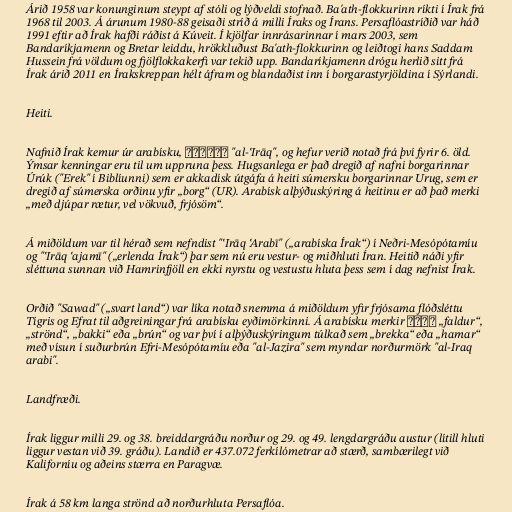
Árið 1958 var konunginum steypt af stóli og lýðveldi stofnað. Ba'ath-flokkurinn ríkti í Írak frá
1968 til 2003. Á árunum 1980-88 geisaði stríð á milli Íraks og Írans. Persaflóastríðið var háð
1991 eftir að Írak hafði ráðist á Kúveit. Í kjölfar innrásarinnar í mars 2003, sem
Bandaríkjamenn og Bretar leiddu, hrökkluðust Ba'ath-flokkurinn og leiðtogi hans Saddam
Hussein frá völdum og fjölflokkakerfi var tekið upp. Bandaríkjamenn drógu herlið sitt frá
Írak árið 2011 en Írakskreppan hélt áfram og blandaðist inn í borgarastyrjöldina í Sýrlandi.

Heiti.

Nafnið Írak kemur úr arabísku, العراق "al-ʿIrāq", og hefur verið notað frá því fyrir 6. öld.
Ýmsar kenningar eru til um uppruna þess. Hugsanlega er það dregið af nafni borgarinnar
Úrúk ("Erek" í Biblíunni) sem er akkadísk útgáfa á heiti súmersku borgarinnar Urug, sem er
dregið af súmerska orðinu yfir „borg“ (UR). Arabísk alþýðuskýring á heitinu er að það merki
„með djúpar rætur, vel vökvuð, frjósöm“.

Á miðöldum var til hérað sem nefndist "ʿIrāq ʿArabī" („arabíska Írak“) í Neðri-Mesópótamíu
og "ʿIrāq ʿajamī" („erlenda Írak“) þar sem nú eru vestur- og miðhluti Íran. Heitið náði yfir
sléttuna sunnan við Hamrinfjöll en ekki nyrstu og vestustu hluta þess sem í dag nefnist Írak.

Orðið "Sawad" („svart land“) var líka notað snemma á miðöldum yfir frjósama flóðsléttu
Tígris og Efrat til aðgreiningar frá arabísku eyðimörkinni. Á arabísku merkir عراق „faldur“,
„strönd“, „bakki“ eða „brún“ og var því í alþýðuskýringum túlkað sem „brekka“ eða „hamar“
með vísun í suðurbrún Efri-Mesópótamíu eða "al-Jazira" sem myndar norðurmörk "al-Iraq
arabi".

Landfræði.

Írak liggur milli 29. og 38. breiddargráðu norður og 29. og 49. lengdargráðu austur (lítill hluti
liggur vestan við 39. gráðu). Landið er 437.072 ferkílómetrar að stærð, sambærilegt við
Kaliforníu og aðeins stærra en Paragvæ.

Írak á 58 km langa strönd að norðurhluta Persaflóa.